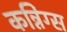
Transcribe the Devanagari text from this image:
कन्निंग्स